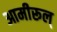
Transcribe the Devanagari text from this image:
आमीरूल्